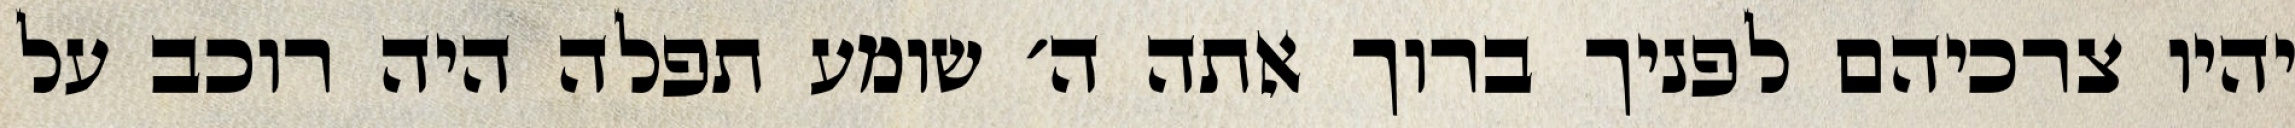
יהיו צרכיהם לפניך ברוך אתה ה׳ שומע תפלה היה רוכב על